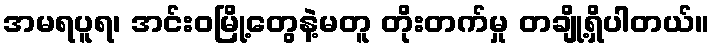
အမရပူရ၊ အင်းဝမြို့တွေနဲ့မတူ တိုးတက်မှု တချို့ရှိပါတယ်။